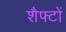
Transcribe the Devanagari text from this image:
शैफ्टों